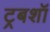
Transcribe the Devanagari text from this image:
ट्रबशॉ